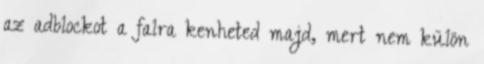
az adblockot a falra kenheted majd, mert nem külön